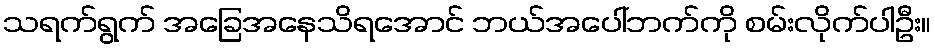
သရက်ရွက် အခြေအနေသိရအောင် ဘယ်အပေါ်ဘက်ကို စမ်းလိုက်ပါဦး။